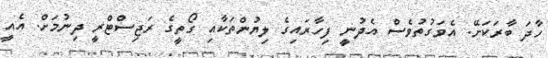
ހާދަ ބާރަކަށޭ. އެވަގުތުވެސް އެދުނީ ފިހާރައިގެ ލިޔުންތަކާއި ގޯތީގެ ރަޖިސްޓްރީ ދިނުމަށް. އެއީ